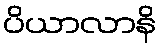
ပိယာလာနိ